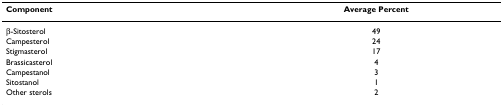
<table><thead><tr><td><b>Component</b></td><td><b>Average Percent</b></td></tr></thead><tbody><tr><td>β-Sitosterol</td><td>49</td></tr><tr><td>Campesterol</td><td>24</td></tr><tr><td>Stigmasterol</td><td>17</td></tr><tr><td>Brassicasterol</td><td>4</td></tr><tr><td>Campestanol</td><td>3</td></tr><tr><td>Sitostanol</td><td>1</td></tr><tr><td>Other sterols</td><td>2</td></tr></tbody></table>